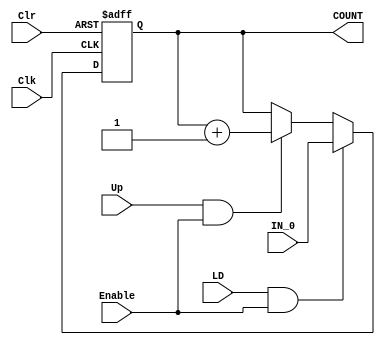
// COUNTER WITH CLR, CLOCK, ENABLE, LOAD AND UP
// Decidir si el LD va a ser activo bajo o activo alto
module counter_0_1(output reg COUNT, input IN_0, input LD, Up, Clr, Clk, Enable);
	initial begin
		COUNT <= 1'b0;
	end
	always @ (posedge Clk, negedge Clr)
		if (~Clr) COUNT <= 1'b0;
		else if (LD & Enable) begin
			COUNT <= IN_0;
		end
		else if (Up & Enable) begin
			COUNT <= COUNT + 1'b1;
		end
endmodule